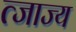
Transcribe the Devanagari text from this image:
त्जाज्य